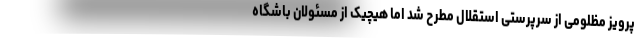
پرویز مظلومی از سرپرستی استقلال مطرح شد اما هیچیک از مسئولان باشگاه